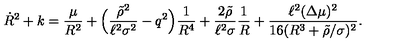
\dot { R } ^ { 2 } + k = \frac { \mu } { R ^ { 2 } } + \Bigl ( \frac { \tilde { \rho } ^ { 2 } } { \ell ^ { 2 } \sigma ^ { 2 } } - q ^ { 2 } \Bigr ) \frac { 1 } { R ^ { 4 } } + \frac { 2 \tilde { \rho } } { \ell ^ { 2 } \sigma } \frac { 1 } { R } + \frac { \ell ^ { 2 } ( \Delta \mu ) ^ { 2 } } { 1 6 ( R ^ { 3 } + \tilde { \rho } / \sigma ) ^ { 2 } } .